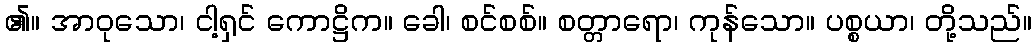
၏။ အာဝုသော၊ ငါ့ရှင် ကောဋ္ဌိက။ ခေါ၊ စင်စစ်။ စတ္တာရော၊ ကုန်သော။ ပစ္စယာ၊ တို့သည်။